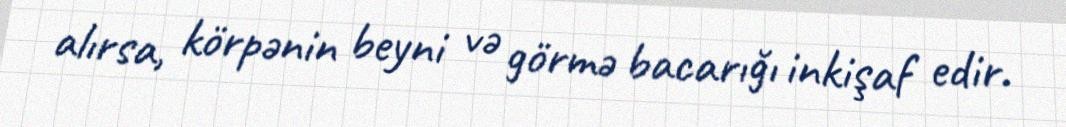
alırsa, körpənin beyni və görmə bacarığı inkişaf edir.